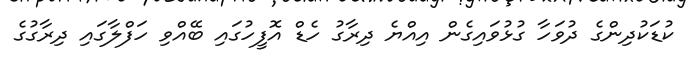
ކުޑަކުދިންގެ ދުވަހާ ގުޅުވައިގެން އިއްޔެ ދިރާގު ހެޑް އޮފީހުގައި ބޭއްވި ހަފްލާގައި ދިރާގުގެ